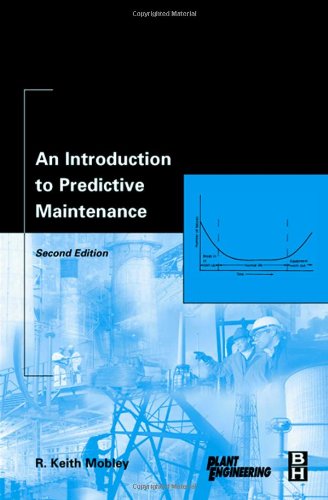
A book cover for An Introduction to Predictive Maintenance, Second Edition (Plant Engineering); R. Keith Mobley President and CEO of Integrated Systems  Inc.; Business & Money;